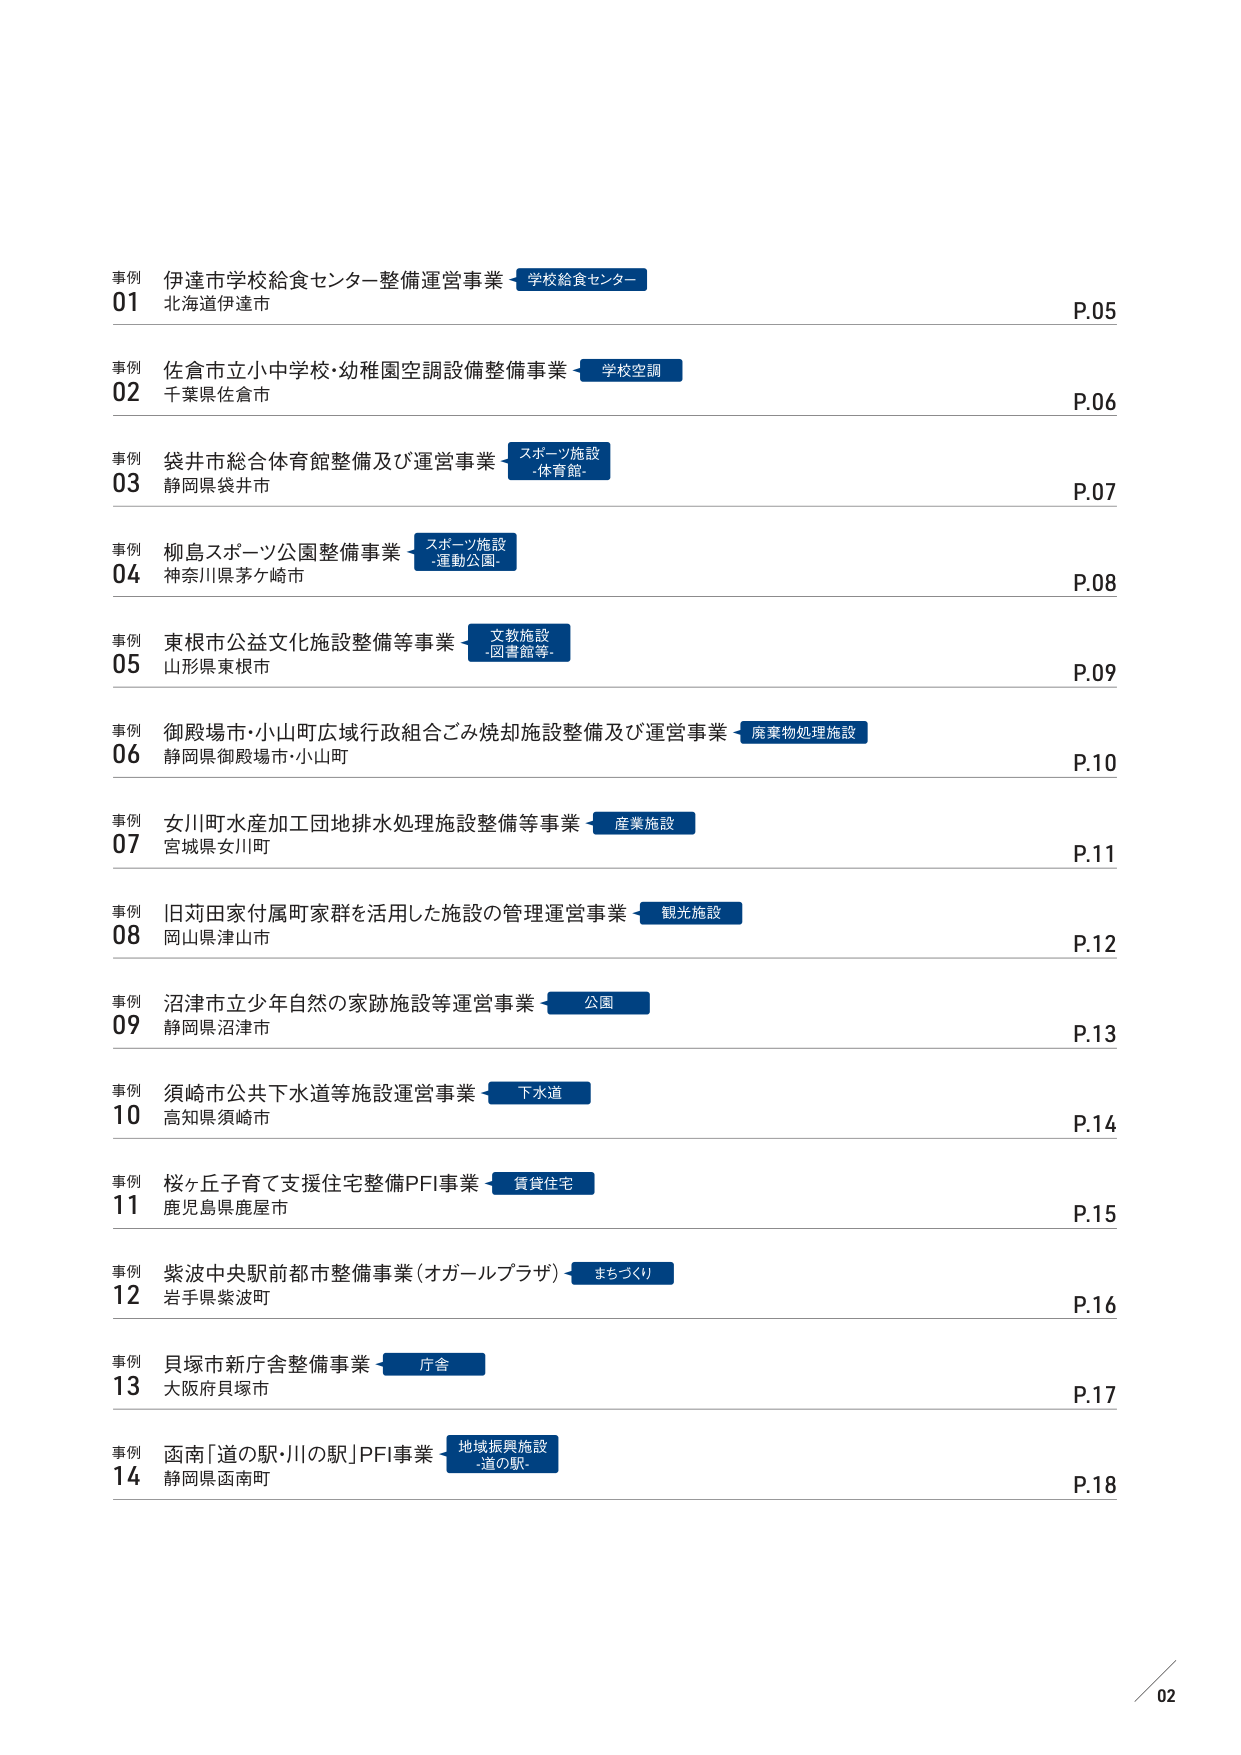
事例 01 伊達市学校給食センター整備運営事業 学校給食センター 北海道伊達市 P.05
事例 02 佐倉市立小中学校・幼稚園空調設備整備事業 学校空調 千葉県佐倉市 P.06
事例 03 袋井市総合体育館整備及び運営事業 スポーツ施設・体育館 静岡県袋井市 P.07
事例 04 柳島スポーツ公園整備事業 スポーツ施設・運動公園 神奈川県茅ヶ崎市 P.08
事例 05 東根市公益文化施設整備等事業 文教施設・図書館等 山形県東根市 P.09
事例 06 御殿場市・小山町広域行政組合ごみ焼却施設整備及び運営事業 廃棄物処理施設 静岡県御殿場市・小山町 P.10
事例 07 女川町水産加工団地排水処理施設整備等事業 産業施設 宮城県女川町 P.11
事例 08 旧苅田家付属町家群を活用した施設の管理運営事業 観光施設 岡山県津山市 P.12
事例 09 沼津市立少年自然の家跡施設等運営事業 公園 静岡県沼津市 P.13
事例 10 須崎市公共下水道等施設運営事業 下水道 高知県須崎市 P.14
事例 11 桜ヶ丘子育て支援住宅整備PFI事業 賃貸住宅 鹿児島県鹿屋市 P.15
事例 12 紫波中央駅前都市整備事業（オガールプラザ） まちづくり 岩手県紫波町 P.16
事例 13 貝塚市新庁舎整備事業 庁舎 大阪府貝塚市 P.17
事例 14 函南「道の駅・川の駅」PFI事業 地域振興施設・道の駅 静岡県函南町 P.18
02